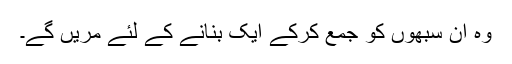
وہ ان سبھوں کو جمع کرکے ایک بنانے کے لئے مریں گے۔